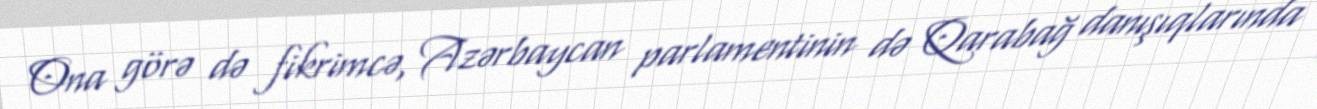
Ona görə də fikrimcə, Azərbaycan parlamentinin də Qarabağ danışıqlarında